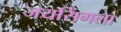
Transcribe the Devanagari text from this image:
जयसिंगला